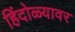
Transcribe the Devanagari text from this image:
हिंदोळ्यावर